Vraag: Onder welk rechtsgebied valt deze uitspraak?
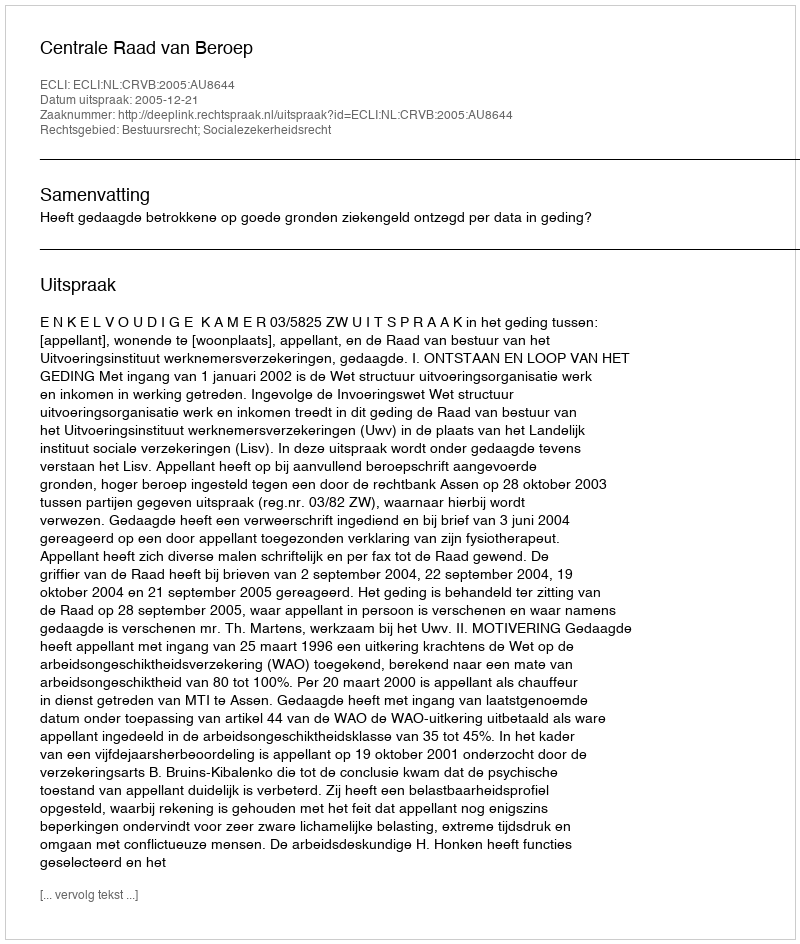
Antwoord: Bestuursrecht; Socialezekerheidsrecht